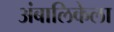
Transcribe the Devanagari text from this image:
अंबालिकेला